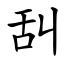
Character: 舏